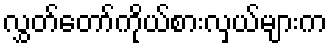
လွှတ်တော်ကိုယ်စားလှယ်များက